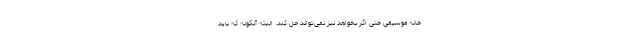
خانه موسیقی حتی اگر بخواهد نیز نمی‌تواند حل کند. البته آنگونه که باید